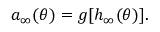
a _ { \infty } ( \theta ) = g [ h _ { \infty } ( \theta ) ] .